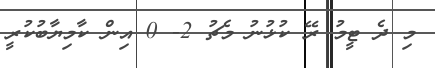
މި ދެ ޓީމު ރޭ ކުޅުނު މެޗު 2- 0 އިން ކާމިޔާބުކުރީ